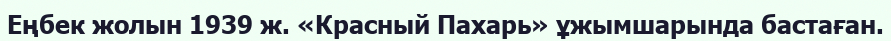
Еңбек жолын 1939 ж. «Красный Пахарь» ұжымшарында бастаған.